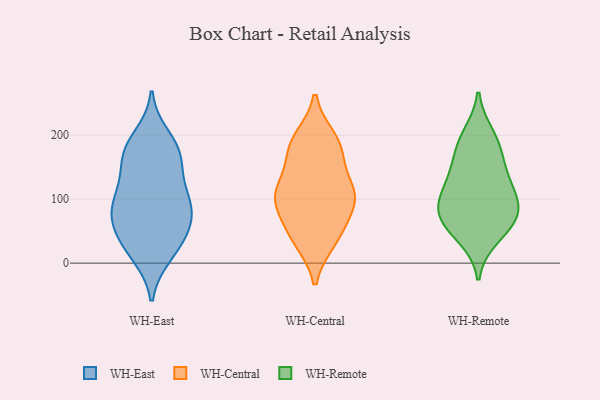
{"axis": {"x": "Net Income (USD K)", "y": "Value"}, "legend": ["WH-Central", "WH-East", "WH-Remote"], "data": [{"x": "", "y": 181, "type": "WH-East"}, {"x": "", "y": 32, "type": "WH-East"}, {"x": "", "y": 106, "type": "WH-East"}, {"x": "", "y": 76, "type": "WH-East"}, {"x": "", "y": 80, "type": "WH-East"}, {"x": "", "y": 45, "type": "WH-East"}, {"x": "", "y": 66, "type": "WH-East"}, {"x": "", "y": 12, "type": "WH-East"}, {"x": "", "y": 174, "type": "WH-East"}, {"x": "", "y": 114, "type": "WH-East"}, {"x": "", "y": 95, "type": "WH-East"}, {"x": "", "y": 52, "type": "WH-East"}, {"x": "", "y": 167, "type": "WH-East"}, {"x": "", "y": 142, "type": "WH-East"}, {"x": "", "y": 165, "type": "WH-East"}, {"x": "", "y": 198, "type": "WH-East"}, {"x": "", "y": 15, "type": "WH-East"}, {"x": "", "y": 92, "type": "WH-East"}, {"x": "", "y": 109, "type": "WH-Central"}, {"x": "", "y": 172, "type": "WH-Central"}, {"x": "", "y": 48, "type": "WH-Central"}, {"x": "", "y": 172, "type": "WH-Central"}, {"x": "", "y": 112, "type": "WH-Central"}, {"x": "", "y": 41, "type": "WH-Central"}, {"x": "", "y": 194, "type": "WH-Central"}, {"x": "", "y": 106, "type": "WH-Central"}, {"x": "", "y": 82, "type": "WH-Central"}, {"x": "", "y": 107, "type": "WH-Central"}, {"x": "", "y": 36, "type": "WH-Central"}, {"x": "", "y": 108, "type": "WH-Central"}, {"x": "", "y": 188, "type": "WH-Central"}, {"x": "", "y": 130, "type": "WH-Remote"}, {"x": "", "y": 87, "type": "WH-Remote"}, {"x": "", "y": 95, "type": "WH-Remote"}, {"x": "", "y": 68, "type": "WH-Remote"}, {"x": "", "y": 75, "type": "WH-Remote"}, {"x": "", "y": 136, "type": "WH-Remote"}, {"x": "", "y": 41, "type": "WH-Remote"}, {"x": "", "y": 105, "type": "WH-Remote"}, {"x": "", "y": 186, "type": "WH-Remote"}, {"x": "", "y": 58, "type": "WH-Remote"}, {"x": "", "y": 200, "type": "WH-Remote"}, {"x": "", "y": 166, "type": "WH-Remote"}]}